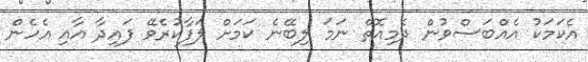
އެކަމަކު އެއްބަސްވުން ދެމިއޮތް ނަމަ ލިބޭނެ ކަމަށް ލަފާކުރެވޭ ފައިދާ އާއި އެހެން